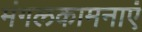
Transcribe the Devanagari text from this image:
मंगलकामनाएं